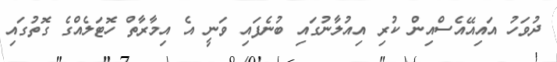
ދުވަހު އައިއޭއެސްއިން ކުރި އިއުލާނުގައި ބުނެފައި ވަނީ އެ އިމާރާތް ހޮޓަލެއްގެ ގޮތުގައި